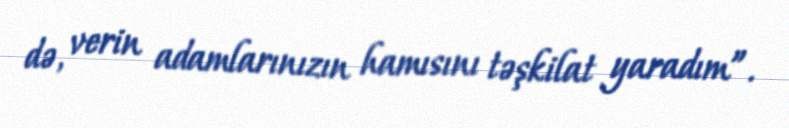
də, verin adamlarınızın hamısını təşkilat yaradım”.